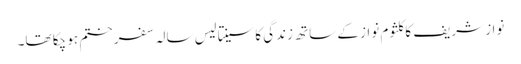
نواز شریف کا کلثوم نواز کے ساتھ زندگی کا سینتالیس سالہ سفر ختم ہو چکا تھا۔